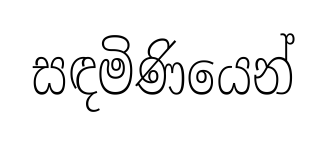
සඳමිණියෙන්